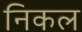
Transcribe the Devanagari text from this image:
निकल